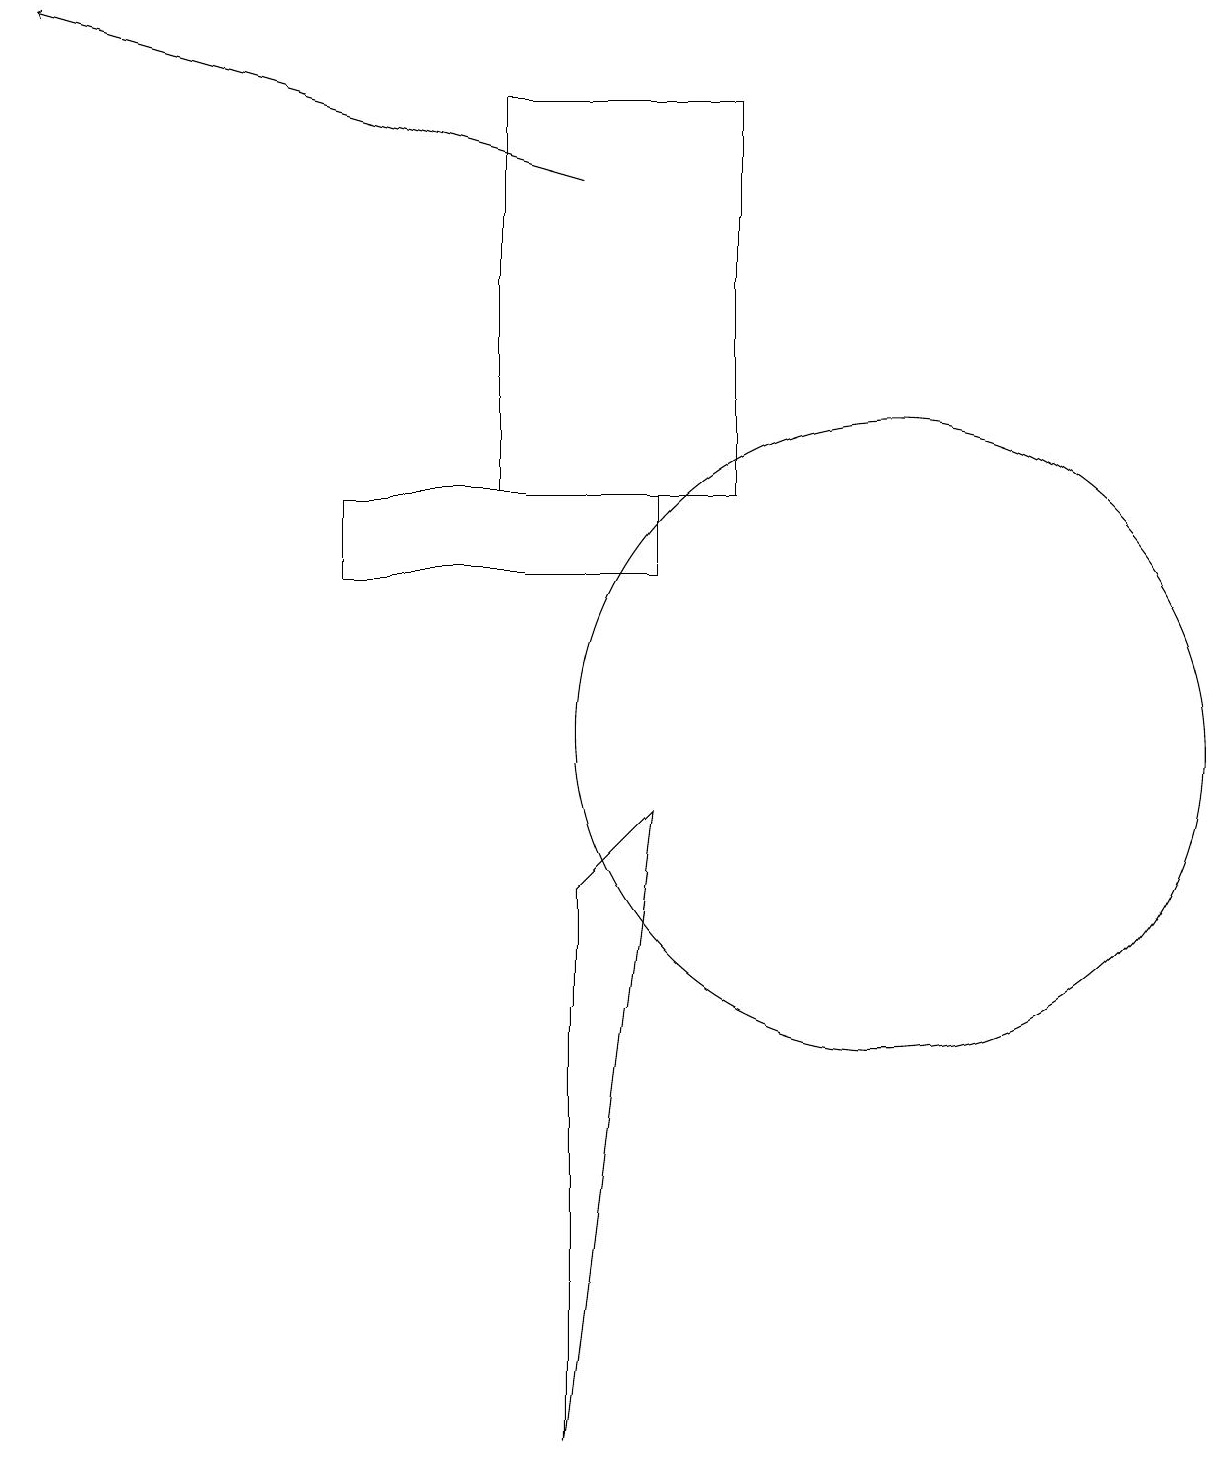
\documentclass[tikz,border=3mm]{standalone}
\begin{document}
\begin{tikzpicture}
\draw[->] (7,17) -- (0,19);
\draw (11,10) circle (4);
\draw (8,12) rectangle (4,13);
\draw (7,1) -- (7,8) -- (8,9) -- cycle;
\draw (9,13) rectangle (6,18);
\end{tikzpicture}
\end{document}